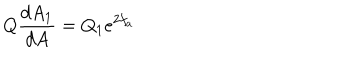
LaTeX: Q \frac { d A _ { 1 } } { d A } = Q _ { 1 } e ^ { 2 f _ { a } }